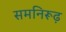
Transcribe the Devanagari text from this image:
समनिरूढ़